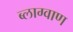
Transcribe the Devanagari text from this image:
ब्लाग्वाण